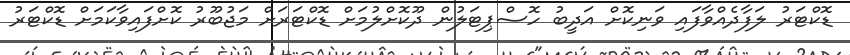
ޑޮކްޓަރު ލަފާދެއްވާފައި ވަނިކޮށް އަދީބު ހޮސްޕިޓަލުން ދޫކޮށްލުމަށް ޑޮކްޓަރަށް މަޖުބޫރު ކޮށްފައިވާކަމަށް ޑޮކްޓަރު